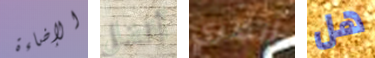
الإضاءة أفضل أنظري هل